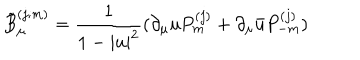
LaTeX: \tilde { B } _ { \mu } ^ { ( j ; m ) } = \frac { 1 } { 1 - | u | ^ { 2 } } ( \partial _ { \mu } u P _ { m } ^ { ( j ) } + \partial _ { \mu } \bar { u } P _ { - m } ^ { ( j ) } )